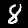
Digit: 8